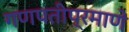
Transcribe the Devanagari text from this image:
गणपतीप्रमाणे